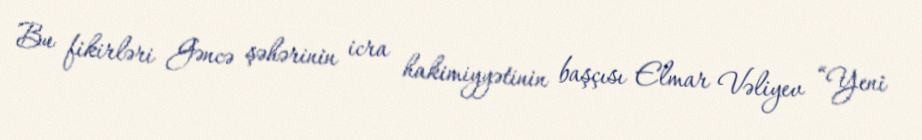
Bu fikirləri Gəncə şəhərinin icra hakimiyyətinin başçısı Elmar Vəliyev “Yeni